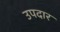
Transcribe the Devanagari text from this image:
उपदार